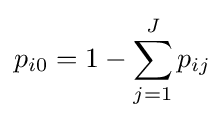
p_{i0}=1-\sum _{j=1}^{J}p_{ij}